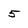
Character: 5